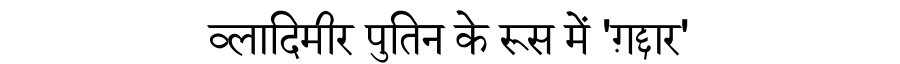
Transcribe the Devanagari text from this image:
व्लादिमीर पुतिन के रूस में 'ग़द्दार'